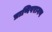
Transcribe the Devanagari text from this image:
प्राणिपरागण